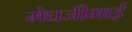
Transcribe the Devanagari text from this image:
मेघजीभाई